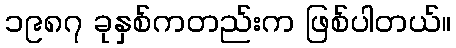
၁၉၈၇ ခုနှစ်ကတည်းက ဖြစ်ပါတယ်။